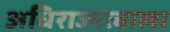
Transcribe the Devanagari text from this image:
अधिराज्यत्वाला